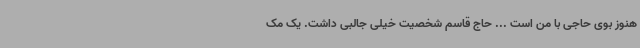
هنوز بوی حاجی با من است ... حاج قاسم شخصیت خیلی جالبی داشت. یک مک